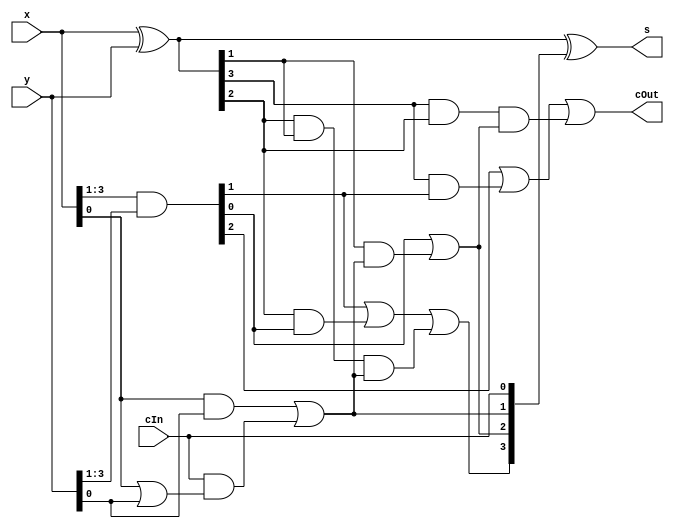
module Prefix_Add4_gen(x, y, cIn, s, cOut);

	input [3:0] x, y;
	input cIn;

	output [3:0] s;
	output cOut;

	wire [3:0] g0, p0, g1, p1, g2, p2;
	wire [4:0] c;

	assign g0[3:1] = x[3:1]&y[3:1];
	assign p0[3:0] = x^y;
	assign c[0] = cIn;
	assign g0[0] = x[0]&y[0] | c[0]&(x[0] | y[0]);



	assign g1[3] = g0[3] | p0[3]&g0[2], g1[2] = g0[2] | p0[2]&g0[1], g1[1] = g0[1] | p0[1]&g0[0], g1[0] = g0[0];
	assign p1[3] = p0[3]&p0[2], p1[2] = p0[2]&p0[1], p1[1] = p0[1]&p0[0], p1[0] = p0[0];

	assign g2[3] = g1[3] | p1[3]&g1[1], g2[2] = g1[2] | p1[2]&g1[0], g2[1] = g1[1], g2[0] = g1[0];
	assign p2[3] = p1[3]&p1[1], p2[2] = p1[2]&p1[0], p2[1] = p1[1], p2[0] = p1[0];



	assign c[4:1] = g2[3:0];
	assign s = p0^c[3:0];
	assign cOut = c[4];

endmodule